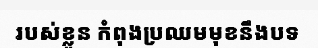
របស់ខ្លួន កំពុងប្រឈមមុខនឹងបទ